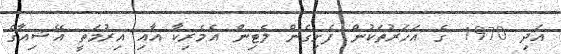
އަދި 1970 ގެ އަހަރުތަކުން ފެށިގެން ލެޓިން އެމެރިކާ އާއި އިރުމަތީ އޭޝިއާގެ